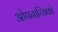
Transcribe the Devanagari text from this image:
ओपनाय्यिको